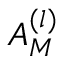
A _ { M } ^ { ( l ) }